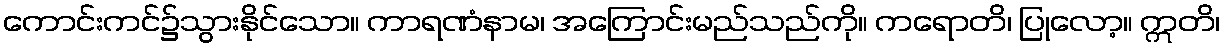
ကောင်းကင်၌သွားနိုင်သော။ ကာရဏံနာမ၊ အကြောင်းမည်သည်ကို။ ကရောတိ၊ ပြုလော့။ ဣတိ၊